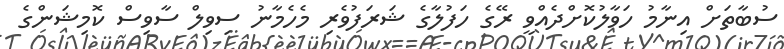
ސުބާތަށް އިނާމު ހަވާލުކޮށްދެއްވީ ރޭގެ ހަފުލާގެ ޝަރަފުވެރި މެހެމާނު ސިވިލް ސާވިސް ކޮމިޝަންގެ